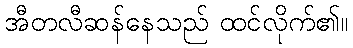
အီတလီဆန်နေသည် ထင်လိုက်၏။